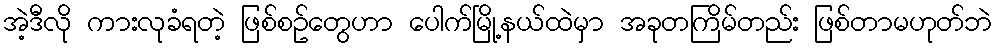
အဲ့ဒီလို ကားလုခံရတဲ့ ဖြစ်စဥ်တွေဟာ ပေါက်မြို့နယ်ထဲမှာ အခုတကြိမ်တည်း ဖြစ်တာမဟုတ်ဘဲ